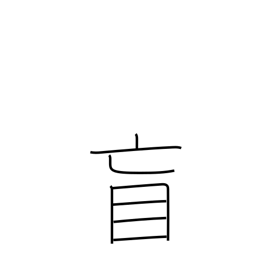
Meaning: blind